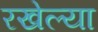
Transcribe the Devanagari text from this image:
रखेल्या